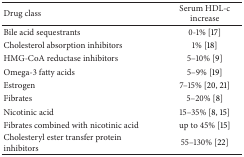
<table><thead><tr><td><b>Drug class</b></td><td><b>Serum HDL-c increase</b></td></tr></thead><tbody><tr><td>Bile acid sequestrants</td><td>0-1% [17]</td></tr><tr><td>Cholesterol absorption inhibitors</td><td>1% [18]</td></tr><tr><td>HMG-CoA reductase inhibitors</td><td>5–10% [9]</td></tr><tr><td>Omega-3 fatty acids</td><td>5–9% [19]</td></tr><tr><td>Estrogen</td><td>7–15% [20, 21]</td></tr><tr><td>Fibrates</td><td>5–20% [8]</td></tr><tr><td>Nicotinic acid</td><td>15–35% [8, 15]</td></tr><tr><td>Fibrates combined with nicotinic acid</td><td>up to 45% [15]</td></tr><tr><td>Cholesteryl ester transfer protein inhibitors </td><td>55–130% [22]</td></tr></tbody></table>